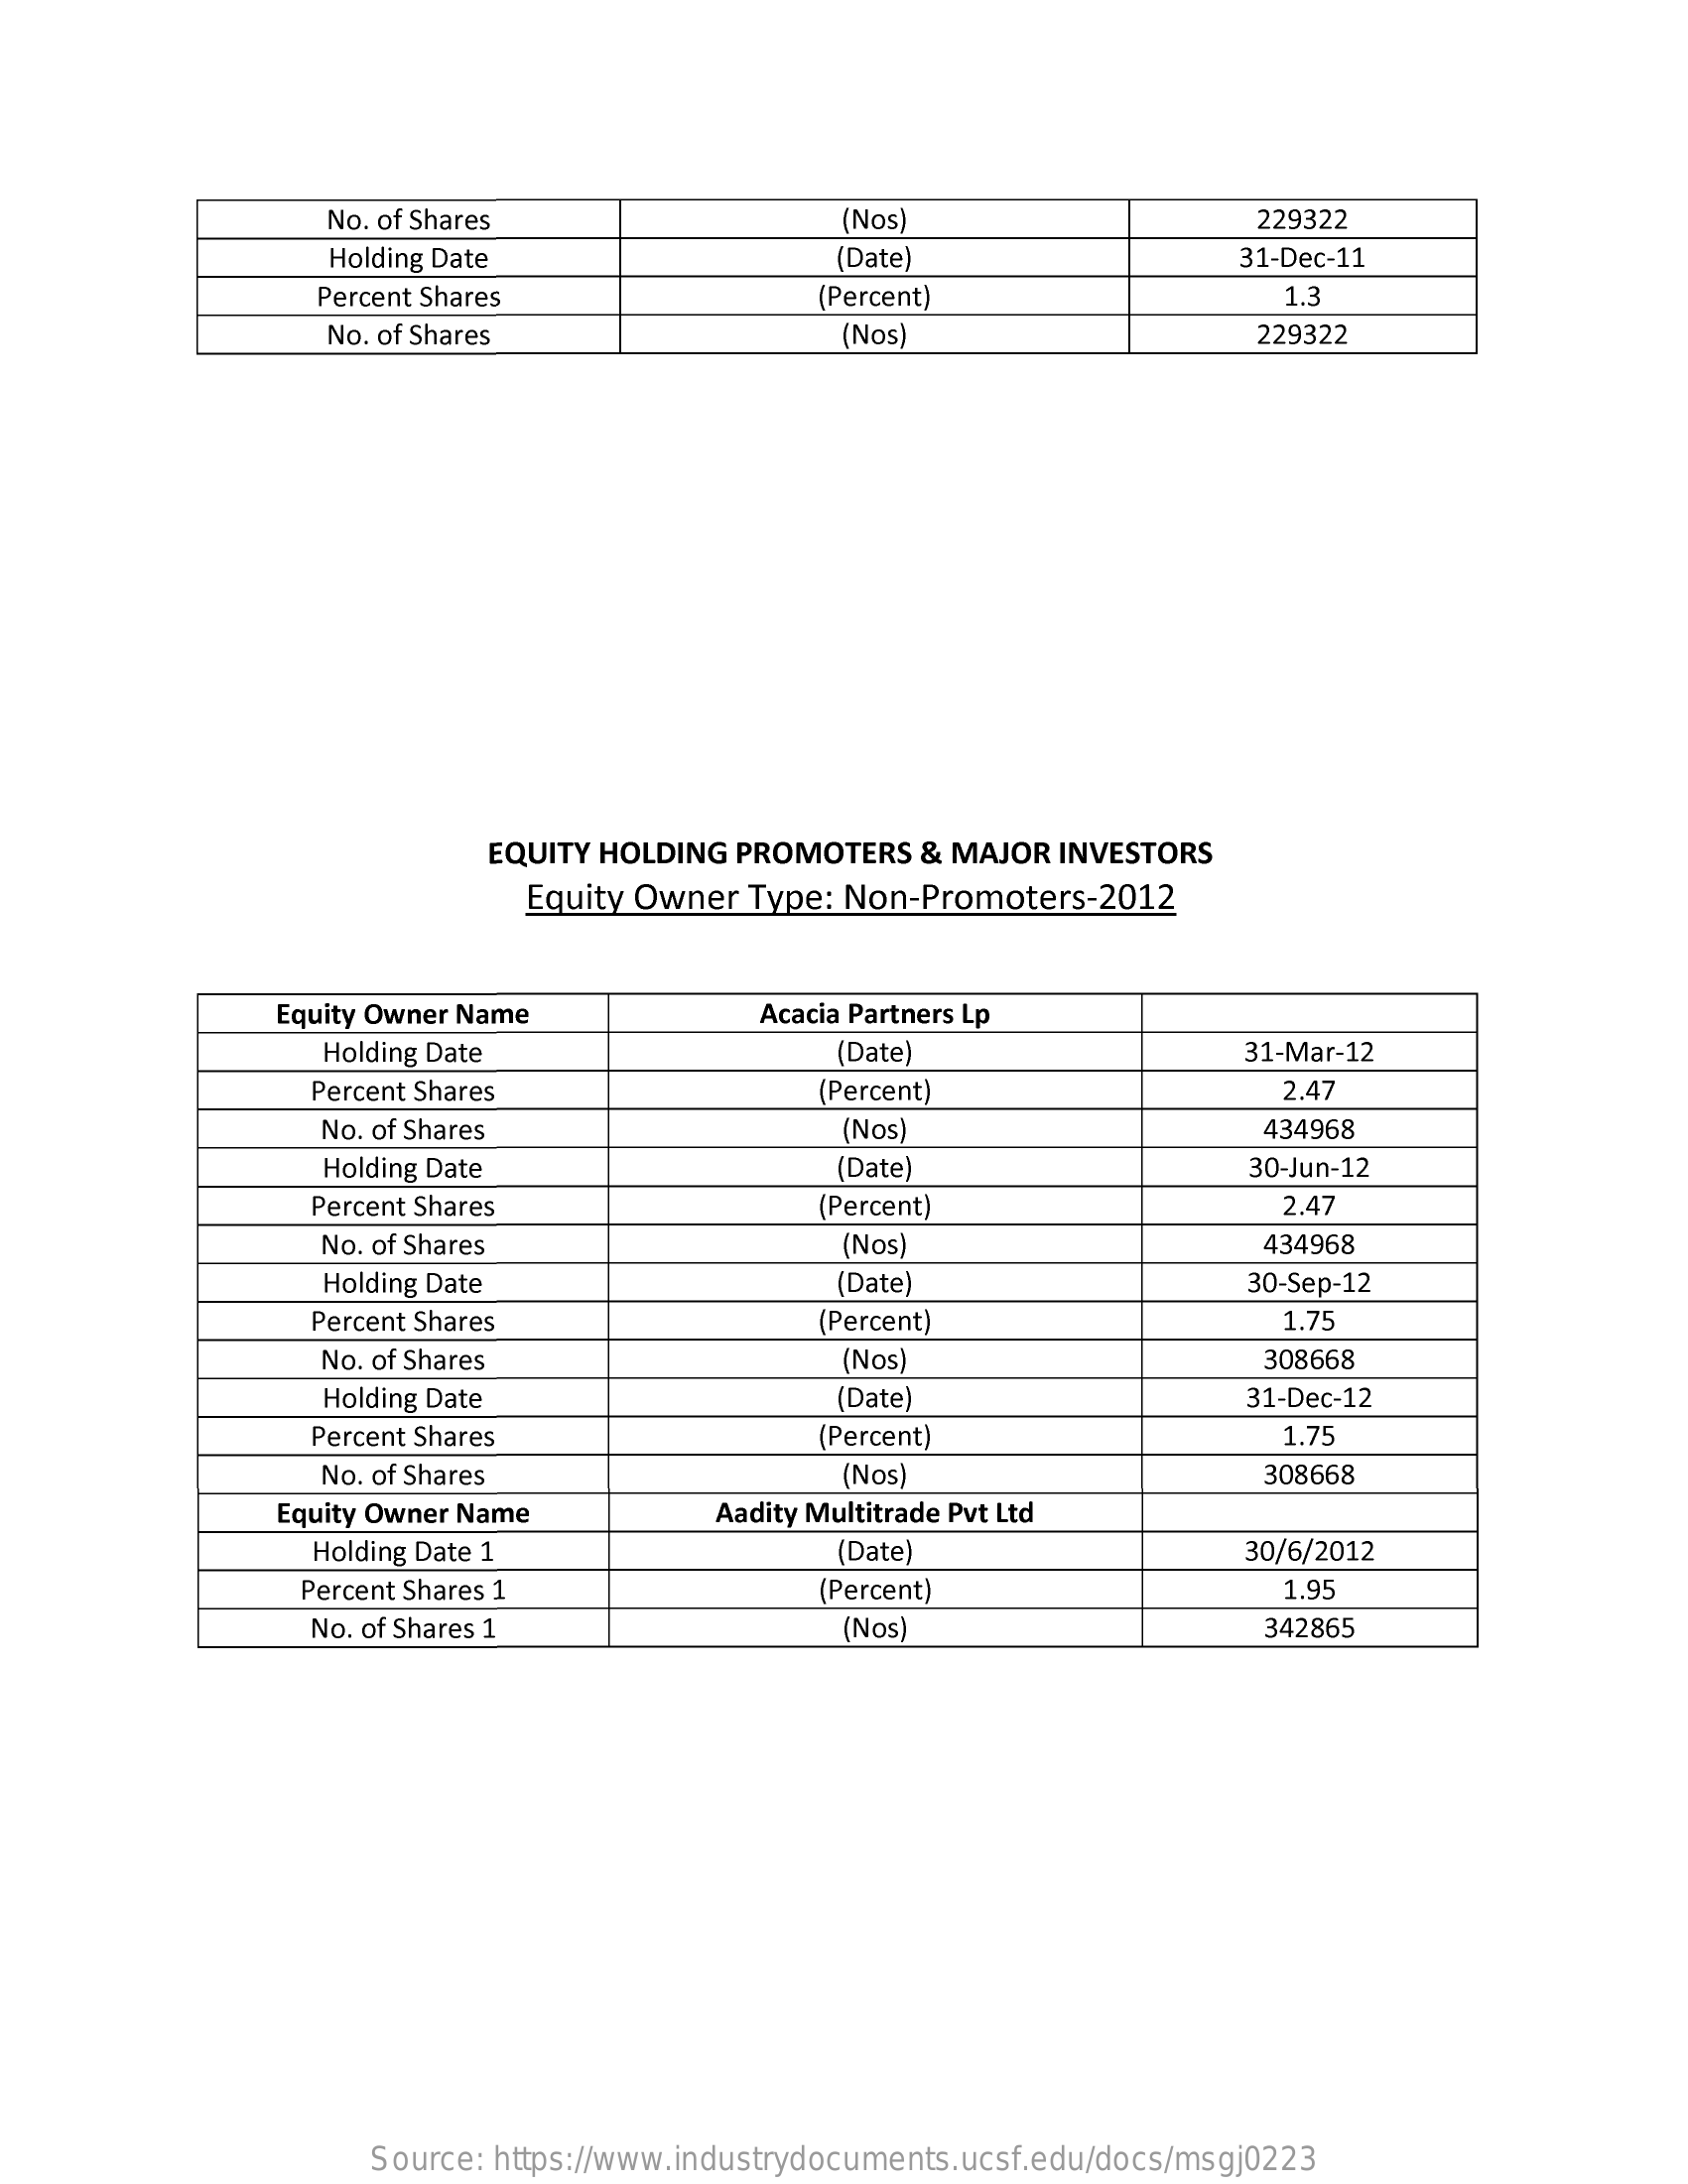
No. of Shares    (Nos)    229322
     Holding Date    (Date)    31-Dec-11
     Percent Shares    (Percent)    1.3
     No. of Shares    (Nos)    229322
     EQUITY HOLDING PROMOTERS   & MAJOR INVESTORS
     Equity Owner  Type: Non-Promoters-2012
     Equity Owner Name    Acacia Partners Lp
     Holding Date    (Date)    31-Mar-12
     Percent Shares    (Percent)    2.47
     No. of Shares    (Nos)    434968
     Holding Date    (Date)    30-Jun-12
     Percent Shares    (Percent)    2.47
     No. of Shares    (Nos)    434968
     Holding Date    (Date    30-Sep-12
     Percent Shares    (Percent)    1.75
     No. of Shares    (Nos)    308668
     Holding Date    (Date)    31-Dec-12
     Percent Shares    (Percent)    1.75
     No. of Shares    (Nos)    308668
     Equity Owner Name    Aadity Multitrade Pvt Ltd
     Holding Date 1    (Date    30/6/2012
     Percent Shares 1    (Percent)    1.95
     No. of Shares 1    (Nos)    342865
     Source: https://www.industrydocuments.ucsf.edu/docs/msgj0223